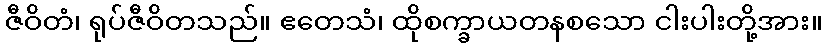
ဇီဝိတံ၊ ရုပ်ဇီဝိတသည်။ ဧတေသံ၊ ထိုစက္ခာယတနစသော ငါးပါးတို့အား။